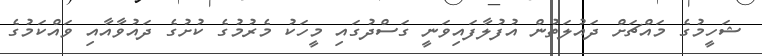
ޝަހީމުގެ މައްޗަށް ދައުލަތުން އުފުލާފައިވަނީ ގަސްދުގައި މީހަކު މެރުމުގެ ކުށުގެ ދައުވާއާއި ވައްކަމުގެ